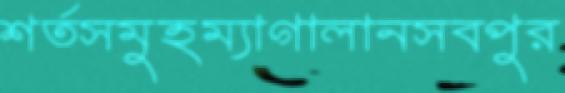
শর্তসমুহম্যাগালানসবপুর